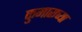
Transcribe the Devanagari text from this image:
कुमाराच्या